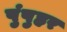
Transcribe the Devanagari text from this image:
पुंपुहर